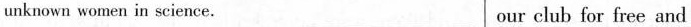
unknown women in science. our club for free and